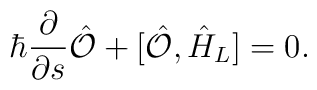
\hbar \frac{\partial}{\partial s} \hat{\cal O}+ \bigl[\hat{\cal O}, \hat{H}_L \bigr] = 0.